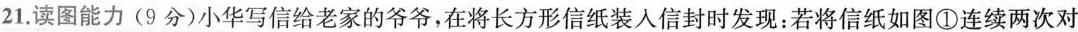
21.读图能力(9分)小华写信给老家的爷爷，在将长方形信纸装入信封时发现：若将信纸如图①连续两次对